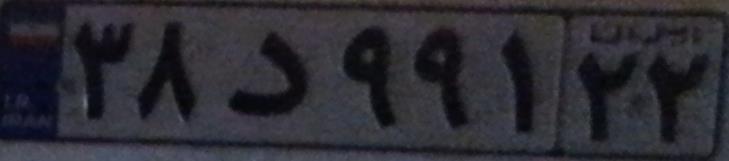
۳۸د۹۹۱۲۲